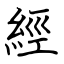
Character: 經